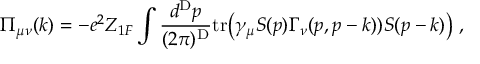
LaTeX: \Pi _ { \mu \nu } ( k ) = - e ^ { 2 } Z _ { 1 F } \int \frac { d ^ { \mathrm { D } } p } { ( 2 \pi ) ^ { \mathrm { D } } } \mathrm { t r } \bigl ( \gamma _ { \mu } S ( p ) \Gamma _ { \nu } ( p , p - k ) ) S ( p - k ) \bigr ) \; ,